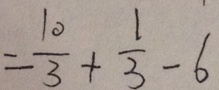
= \frac { 1 0 } { 3 } + \frac { 1 } { 3 } - 6